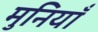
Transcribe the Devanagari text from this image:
मुनियाँ